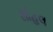
સોહલ